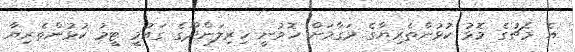
އެ މެޗުގެ މޮޅު ކުޅުންތެރިޔާގެ މަގާމަށް ހޮވުނީ ހިރިލަންދޫގެ ގައުމީ ޓީމު ކުޅުންތެރިޔާ